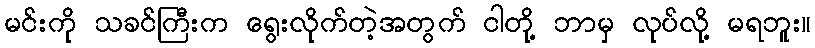
မင်းကို သခင်ကြီးက ရွေးလိုက်တဲ့အတွက် ငါတို့ ဘာမှ လုပ်လို့ မရဘူး။